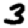
Digit: 3